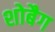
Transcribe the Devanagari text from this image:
शोबैग